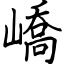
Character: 嶠